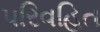
પરિવહિત